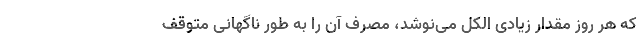
که هر روز مقدار زیادی الکل می‌نوشد، مصرف آن را به طور ناگهانی متوقف